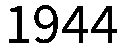
1944